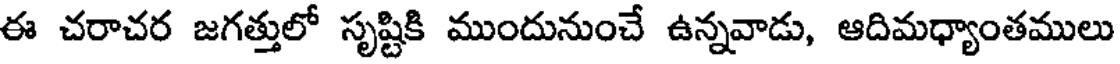
ఈ చరాచర జగత్తులో సృష్టికి ముందునుంచే ఉన్నవాడు, ఆదిమధ్యాంతములు